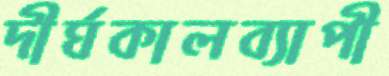
দীর্ঘকালব্যাপী